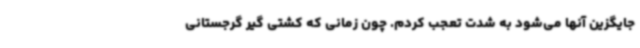
جایگزین آنها می‌شود به شدت تعجب کردم. چون زمانی که کشتی گیر گرجستانی